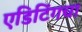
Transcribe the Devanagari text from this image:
एडिटिंगचा